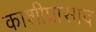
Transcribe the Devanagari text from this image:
काशीप्रासाद